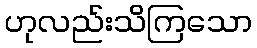
ဟုလည်းသိကြသော